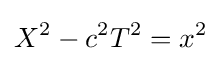
X^{2}-c^{2}T^{2}=x^{2}